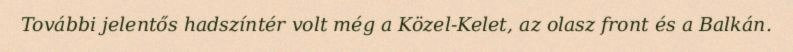
További jelentős hadszíntér volt még a Közel-Kelet, az olasz front és a Balkán.